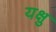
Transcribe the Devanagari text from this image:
यक्षु